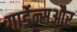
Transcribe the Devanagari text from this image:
गार्डेन्सऔर